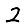
Digit: 2